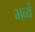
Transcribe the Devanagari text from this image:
भव्यं